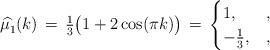
LaTeX: \begin{align*} \widehat{\mu^{}_1} (k) \, = \, \tfrac{1}{3} \bigl( 1 + 2 \cos (\pi k) \bigr) \, = \, \begin{cases} 1, & , \\ - \frac{1}{3}, & , \end{cases}\end{align*}